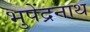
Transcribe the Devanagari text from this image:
भुपेंद्रनाथ